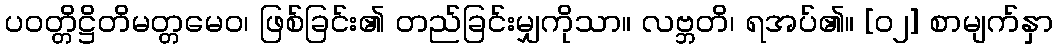
ပဝတ္တိဋ္ဌိတိမတ္တမေဝ၊ ဖြစ်ခြင်း၏ တည်ခြင်းမျှကိုသာ။ လဗ္ဘတိ၊ ရအပ်၏။ [၀၂] စာမျက်နှာ